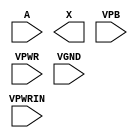
module sky130_fd_sc_hd__lpflow_lsbuf_lh_hl_isowell_tap (
    //# {{data|Data Signals}}
    input  A     ,
    output X     ,

    //# {{power|Power}}
    input  VPB   ,
    input  VPWR  ,
    input  VPWRIN,
    input  VGND
);
endmodule